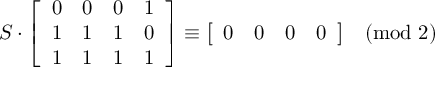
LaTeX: S \cdot { \left[ \begin{array} { l l l l } { 0 } & { 0 } & { 0 } & { 1 } \\ { 1 } & { 1 } & { 1 } & { 0 } \\ { 1 } & { 1 } & { 1 } & { 1 } \end{array} \right] } \equiv { \left[ \begin{array} { l l l l } { 0 } & { 0 } & { 0 } & { 0 } \end{array} \right] } { \pmod { 2 } }